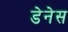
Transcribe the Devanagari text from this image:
डेनेस